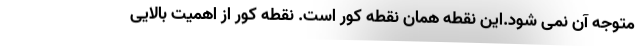
متوجه آن نمی شود.این نقطه همان نقطه کور است. نقطه کور از اهمیت بالایی